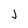
Character: j